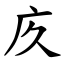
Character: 㡱